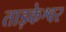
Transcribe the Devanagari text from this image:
ताड़केश्वर